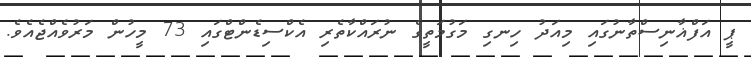
ޕީ އަފްޣާނިސްތާނުގައި މިއަދު ހިނގި މަގުމަތީގެ ނުރައްކާތެރި އެކްސިޑެންޓްގައި 73 މީހުން މަރުވެއްޖެއެވެ.